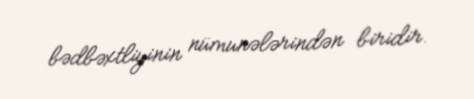
bədbəxtliyinin nümunələrindən biridir.